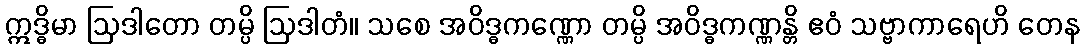
ဣဒ္ဓိမာ ဩဒါတော တမ္ပိ ဩဒါတံ။ သစေ အဝိဒ္ဓကဏ္ဏော တမ္ပိ အဝိဒ္ဓကဏ္ဏန္တိ ဧဝံ သဗ္ဗာကာရေဟိ တေန